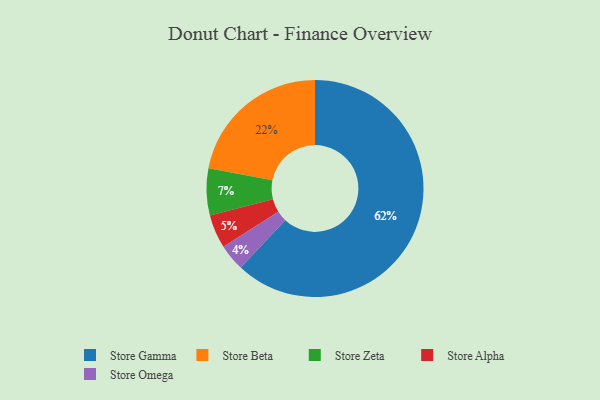
{"axis": {"x": "Category", "y": "Percentage"}, "legend": ["Store Alpha", "Store Beta", "Store Gamma", "Store Omega", "Store Zeta"], "data": [{"x": "Store Alpha", "y": 5, "type": "Store Alpha"}, {"x": "Store Beta", "y": 22, "type": "Store Beta"}, {"x": "Store Omega", "y": 4, "type": "Store Omega"}, {"x": "Store Zeta", "y": 7, "type": "Store Zeta"}, {"x": "Store Gamma", "y": 62, "type": "Store Gamma"}]}